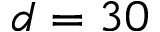
d = 3 0